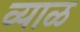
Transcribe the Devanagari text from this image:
व्याळ